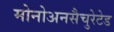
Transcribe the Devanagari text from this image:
मोनोअनसैचुरेटेड